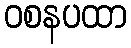
ဝစနပထာ